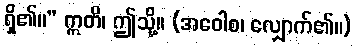
ရှိ၏။” ဣတိ၊ ဤသို့။ (အဝေါစ၊ လျှောက်၏။)